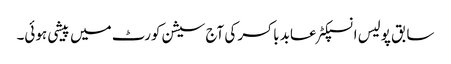
سابق پولیس انسپکٹر عابد باکسر کی آج سیشن کورٹ میں پیشی ہوئی۔